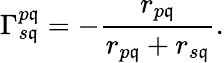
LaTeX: \Gamma_{s\mathfrak{q}}^{p\mathfrak{q}}=-\frac{{r_{p\mathfrak{q}}}}{{r_{p\mathfrak{q}}+r_{s\mathfrak{q}}}}.